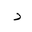
Letter: _dal